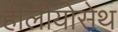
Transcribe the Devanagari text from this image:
हीलीयोसेथ